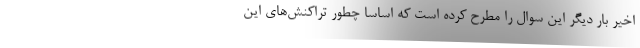
اخیر بار دیگر این سوال را مطرح کرده است که اساسا چطور تراکنش‌های این